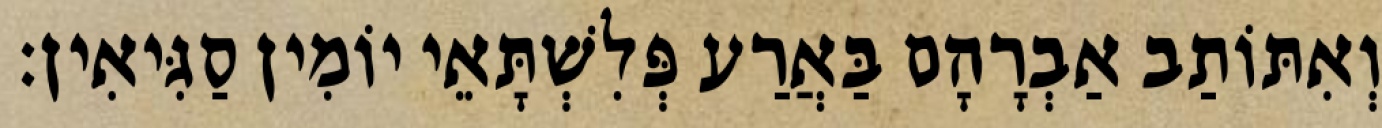
וְאִתּוֹתַב אַבְרָהָם בַּאֲרַע פְּלִשְׁתָּאֵי יוֹמִין סַגִּיאִין׃